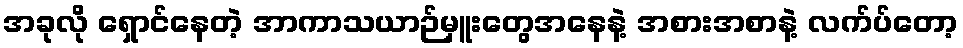
အခုလို ရှောင်နေတဲ့ အာကာသယာဉ်မှူးတွေအနေနဲ့ အစားအစာနဲ့ လက်ပ်တော့